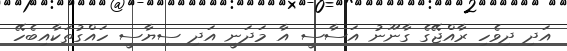
އަދި ދިވެހި ރާއްޖޭގެ ގާނޫނު އަސާސީ އާ މަދަނީ އަދި ސިޔާސީ ހައްގުތަކާއިބެހޭ